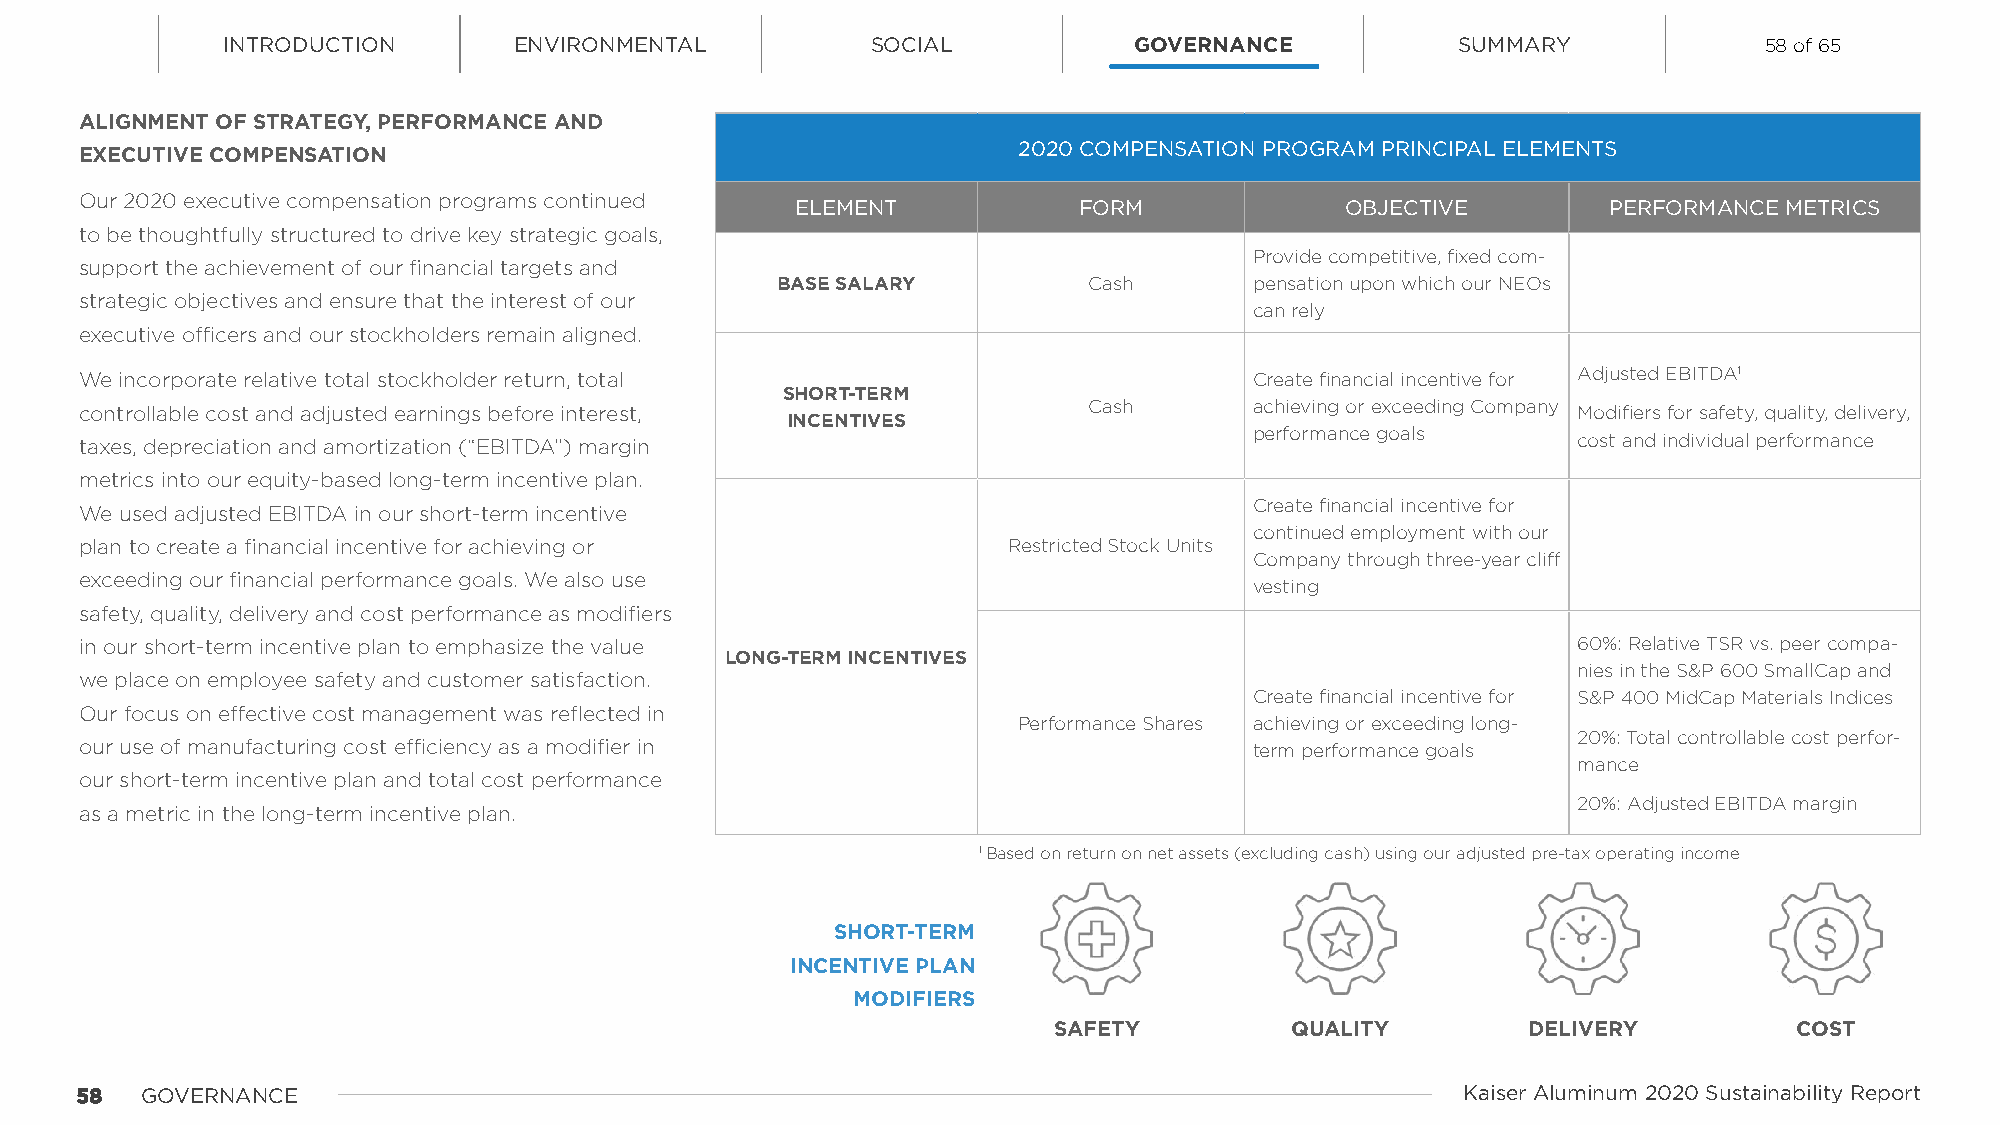
INTRODUCTION       ENVIRONMENTAL           SOCIAL           GOVERNANCE            SUMMARY             58 of 65
 ALIGNMENT OF STRATEGY, PERFORMANCE AND
 2020 COMPENSATION PROGRAM PRINCIPAL ELEMENTS
 EXECUTIVE COMPENSATION
 Our 2020 executive compensation programs continued
 ELEMENT           FORM              OBJECTIVE         PERFORMANCE METRICS
 to be thoughtfully structured to drive key strategic goals,
 Provide competitive, fixed com-
 support the achievement of our financial targets and
 BASE SALARY          Cash       pensation upon which our NEOs
 strategic objectives and ensure that the interest of our
 can rely
 executive officers and our stockholders remain aligned.
 We incorporate relative total stockholder return, total                       Create financial incentive for Adjusted EBITDA1
 SHORT-TERM
 controllable cost and adjusted earnings before interest,           Cash       achieving or exceeding Company Modifiers for safety, quality, delivery,
 INCENTIVES
 taxes, depreciation and amortization (“EBITDA”) margin                        performance goals    cost and individual performance
 metrics into our equity-based long-term incentive plan.
 Create financial incentive for
 We used adjusted EBITDA in our short-term incentive
 continued employment with our
 plan to create a financial incentive for achieving or         Restricted Stock Units
 Company through three-year cliff
 exceeding our financial performance goals. We also use
 vesting
 safety, quality, delivery and cost performance as modifiers
 in our short-term incentive plan to emphasize the value                                            60%: Relative TSR vs. peer compa-
 LONG-TERM INCENTIVES
 nies in the S&P 600 SmallCap and
 we place on employee safety and customer satisfaction.
 Create financial incentive for S&P 400 MidCap Materials Indices
 Our focus on effective cost management was reflected in
 Performance Shares achieving or exceeding long-
 20%: Total controllable cost perfor-
 our use of manufacturing cost efficiency as a modifier in                     term performance goals
 mance
 our short-term incentive plan and total cost performance
 20%: Adjusted EBITDA margin
 as a metric in the long-term incentive plan.
 1 Based on return on net assets (excluding cash) using our adjusted pre-tax operating income
 SHORT-TERM
 INCENTIVE PLAN
 MODIFIERS
 SAFETY         QUALITY         DELIVERY          COST
 5588 GOVERNANCE                                                                             Kaiser Aluminum 2020 Sustainability Report